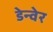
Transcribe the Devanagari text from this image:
डेन्वेर